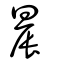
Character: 䢅